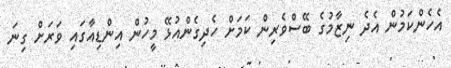
އެހެންކަމުން އެދެ ނިޒާމުގެ ބޭސްވެރިން ކަމަށް ހެދިގެންއުޅޭ މީހުން އިންޑިއާގައި ވަރަށް ގިނަ